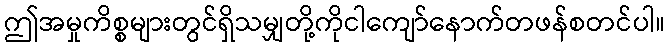
ဤအမှုကိစ္စများတွင်ရှိသမျှတို့ကိုငါကျော်နောက်တဖန်စတင်ပါ။